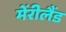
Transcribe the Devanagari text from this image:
मेंरीलैंड